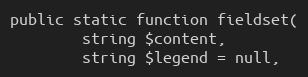
Language: PHP
public static function fieldset(
        string $content,
        string $legend = null,